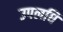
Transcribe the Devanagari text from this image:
उपलधि